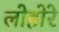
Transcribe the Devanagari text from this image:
लोहोरे